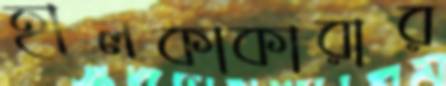
হালকাকারার